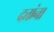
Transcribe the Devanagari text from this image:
दत्तांना